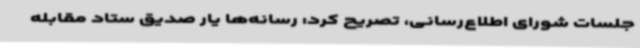
جلسات شورای اطلاع‌رسانی، تصریح کرد: رسانه‌ها یار صدیق ستاد مقابله